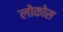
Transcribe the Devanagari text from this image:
लोकोस